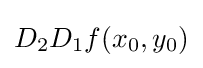
D_{2}D_{1}f(x_{0},y_{0})